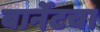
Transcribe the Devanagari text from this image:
बार्नेटचा